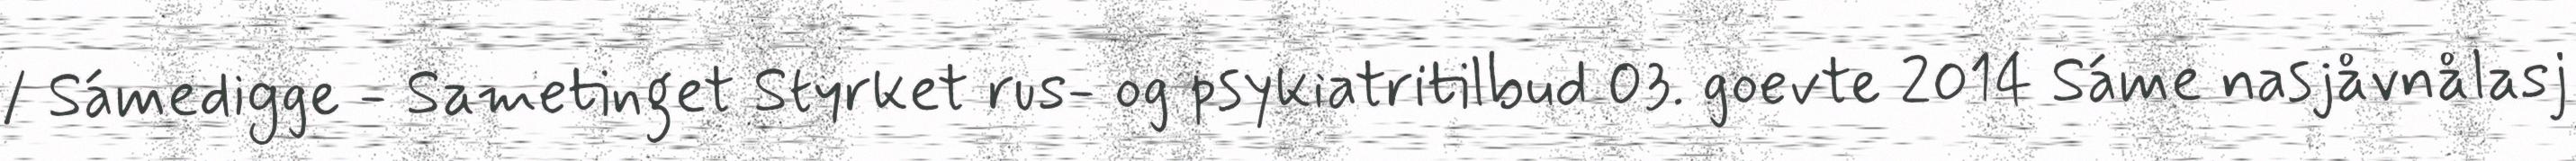
/ Sámedigge - Sametinget Styrket rus- og psykiatritilbud 03. goevte 2014 Sáme nasjåvnålasj